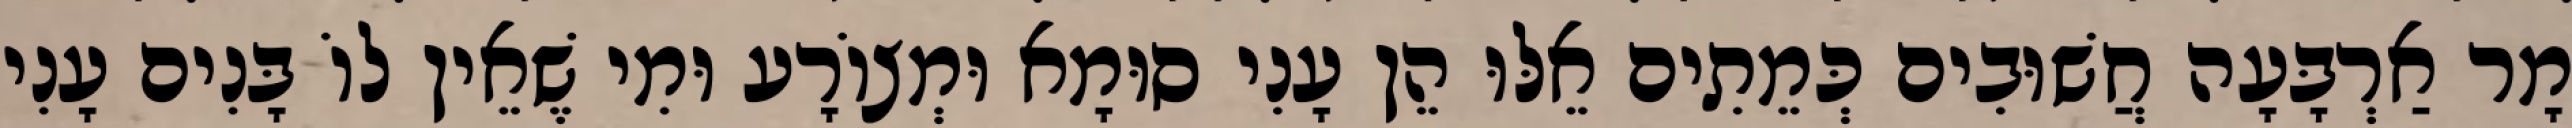
מָר אַרְבָּעָה חֲשׁוּבִים כְּמֵתִים אֵלּוּ הֵן עָנִי סוּמָא וּמְצוֹרָע וּמִי שֶׁאֵין לוֹ בָּנִים עָנִי